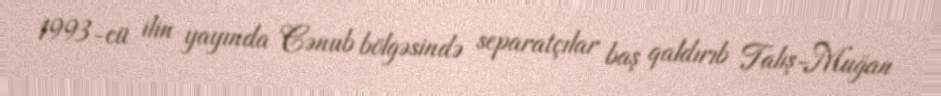
1993-cü ilin yayında Cənub bölgəsində separatçılar baş qaldırıb Talış-Muğan